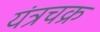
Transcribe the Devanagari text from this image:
यंत्रचक्र